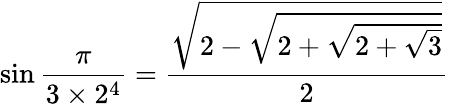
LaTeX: \sin{\frac{\pi}{3\times 2^{4}}}={\frac{\sqrt{2-{\sqrt{2+{\sqrt{2+{\sqrt{3}}}}}}}}{2}}